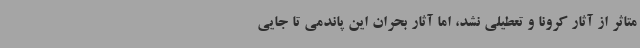
متاثر از آثار کرونا و تعطیلی نشد، اما آثار بحران این پاندمی تا جایی